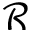
\mathcal { R }